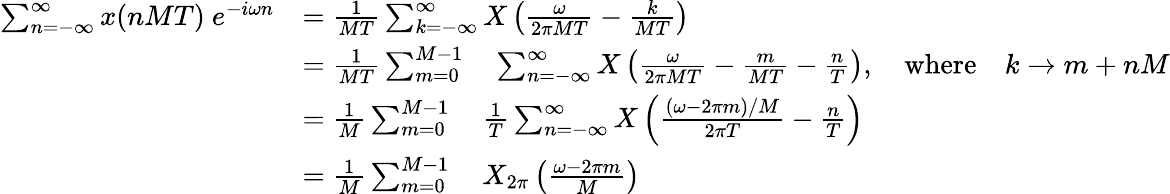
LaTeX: {\begin{array}{rl}{\sum_{n=-\infty}^{\infty}x(nMT)\ e^{-i\omega n}}&{={\frac{1}{MT}}\sum_{k=-\infty}^{\infty}X\left({\frac{\omega}{2\pi MT}}-{\frac{k}{MT}}\right)}\\ &{={\frac{1}{MT}}\sum_{m=0}^{M-1}\quad\sum_{n=-\infty}^{\infty}X\left({\frac{\omega}{2\pi MT}}-{\frac{m}{MT}}-{\frac{n}{T}}\right),\quad{\mathrm{where}}\quad k\rightarrow m+nM}\\ &{={\frac{1}{M}}\sum_{m=0}^{M-1}\quad{\frac{1}{T}}\sum_{n=-\infty}^{\infty}X\left({\frac{(\omega-2\pi m)/M}{2\pi T}}-{\frac{n}{T}}\right)}\\ &{={\frac{1}{M}}\sum_{m=0}^{M-1}\quad X_{2\pi}\left({\frac{\omega-2\pi m}{M}}\right)}\end{array}}